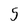
Character: 5